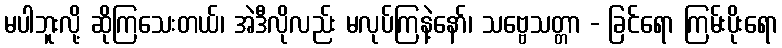
မပါဘူးလို့ ဆိုကြသေးတယ်၊ အဲဒီလိုလည်း မလုပ်ကြနဲ့နော်၊ သဗ္ဗေသတ္တာ - ခြင်ရော ကြမ်းပိုးရော